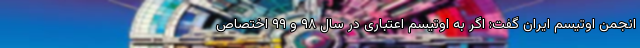
انجمن اوتیسم ایران گفت: اگر به اوتیسم اعتباری در سال ۹۸ و ۹۹ اختصاص